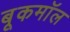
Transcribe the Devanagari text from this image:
बूकमॉल